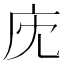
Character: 𢇧